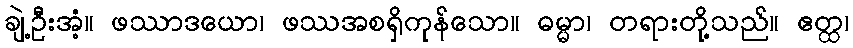
ချဲ့ဦးအံ့။ ဖဿာဒယော၊ ဖဿအစရှိကုန်သော။ ဓမ္မာ၊ တရားတို့သည်။ ဧတ္ထ၊